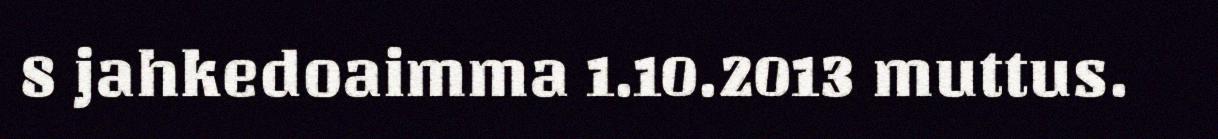
8 jahkedoaimma 1.10.2013 muttus.